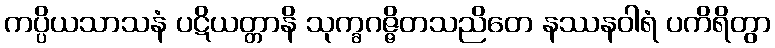
ကပ္ပိယသာသနံ ပဋိယတ္တာနိ သုက္ခဂဇ္ဇိတသညိတေ နဿနဝါရံ ပကိရိတွာ